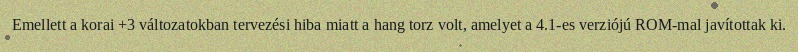
Emellett a korai +3 változatokban tervezési hiba miatt a hang torz volt, amelyet a 4.1-es verziójú ROM-mal javítottak ki.